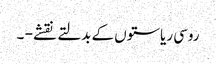
روسی ریاستوں کے بدلتے نقشے - ۔